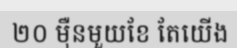
២០ ម៉ឺនមួយខែ តែយើង